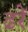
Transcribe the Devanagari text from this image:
ढरें